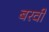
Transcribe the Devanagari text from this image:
बरवीं